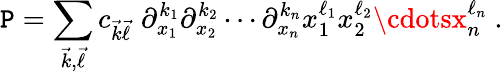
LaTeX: \mathtt{P}=\sum_{{\vec{{k}}},{\vec{{\ell}}}}c_{{\vec{{k}}}{\vec{{\ell}}}}\, \, \partial_{x_{1}}^{k_{1}}\partial_{x_{2}}^{k_{2}}\cdots\partial_{x_{n}}^{k_{n}}x_{1}^{\ell_{1}}x_{2}^{\ell_{2}}\cdotsx_{n}^{\ell_{n}}~.